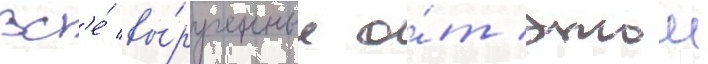
Вс'е́ вы́рученные о́т этои